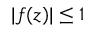
| f ( z ) | \leq 1